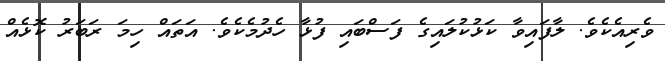
ވެރިއެކެވެ. ލާފައިވާ ކަޅުކުލައިގެ ފަސްބައި ފުޅާ ހެދުމެކެވެ. އަތައް ހިމަ ރަބަރު ކޮޅެއް